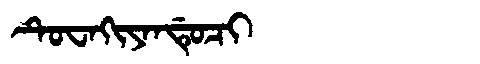
Manchu: ᡨᡠᠸᠠᡴᡳᠶᠠᠨᡩᡠᠴᡳ
Romanization: TUWAKIYANDUCI